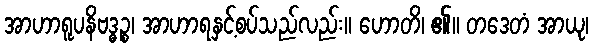
အာဟာရူပနိဗဒ္ဓဉ္စ၊ အာဟာရနှင့်စပ်သည်လည်း။ ဟောတိ၊ ၏။ တဒေတံ အာယု၊